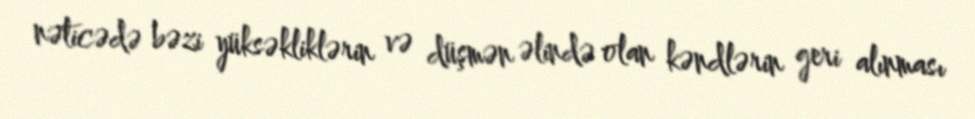
nəticədə bəzi yüksəkliklərin və düşmən əlində olan kəndlərin geri alınması